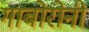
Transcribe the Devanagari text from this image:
गाबोरोनी